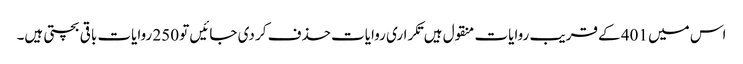
اس میں 401 کے قریب روایات منقول ہیں تکراری روایات حذف کر دی جائیں تو 250 روایات باقی بچتی ہیں۔